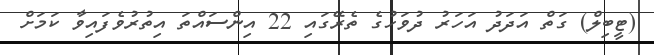
(ޓީބިލް) ގަތް އަަދަދު އަހަރު ދުވަހުގެ ތެރޭގައި 22 އިންސައްތަ އިތުރުވެފައިވާ ކަމަށް